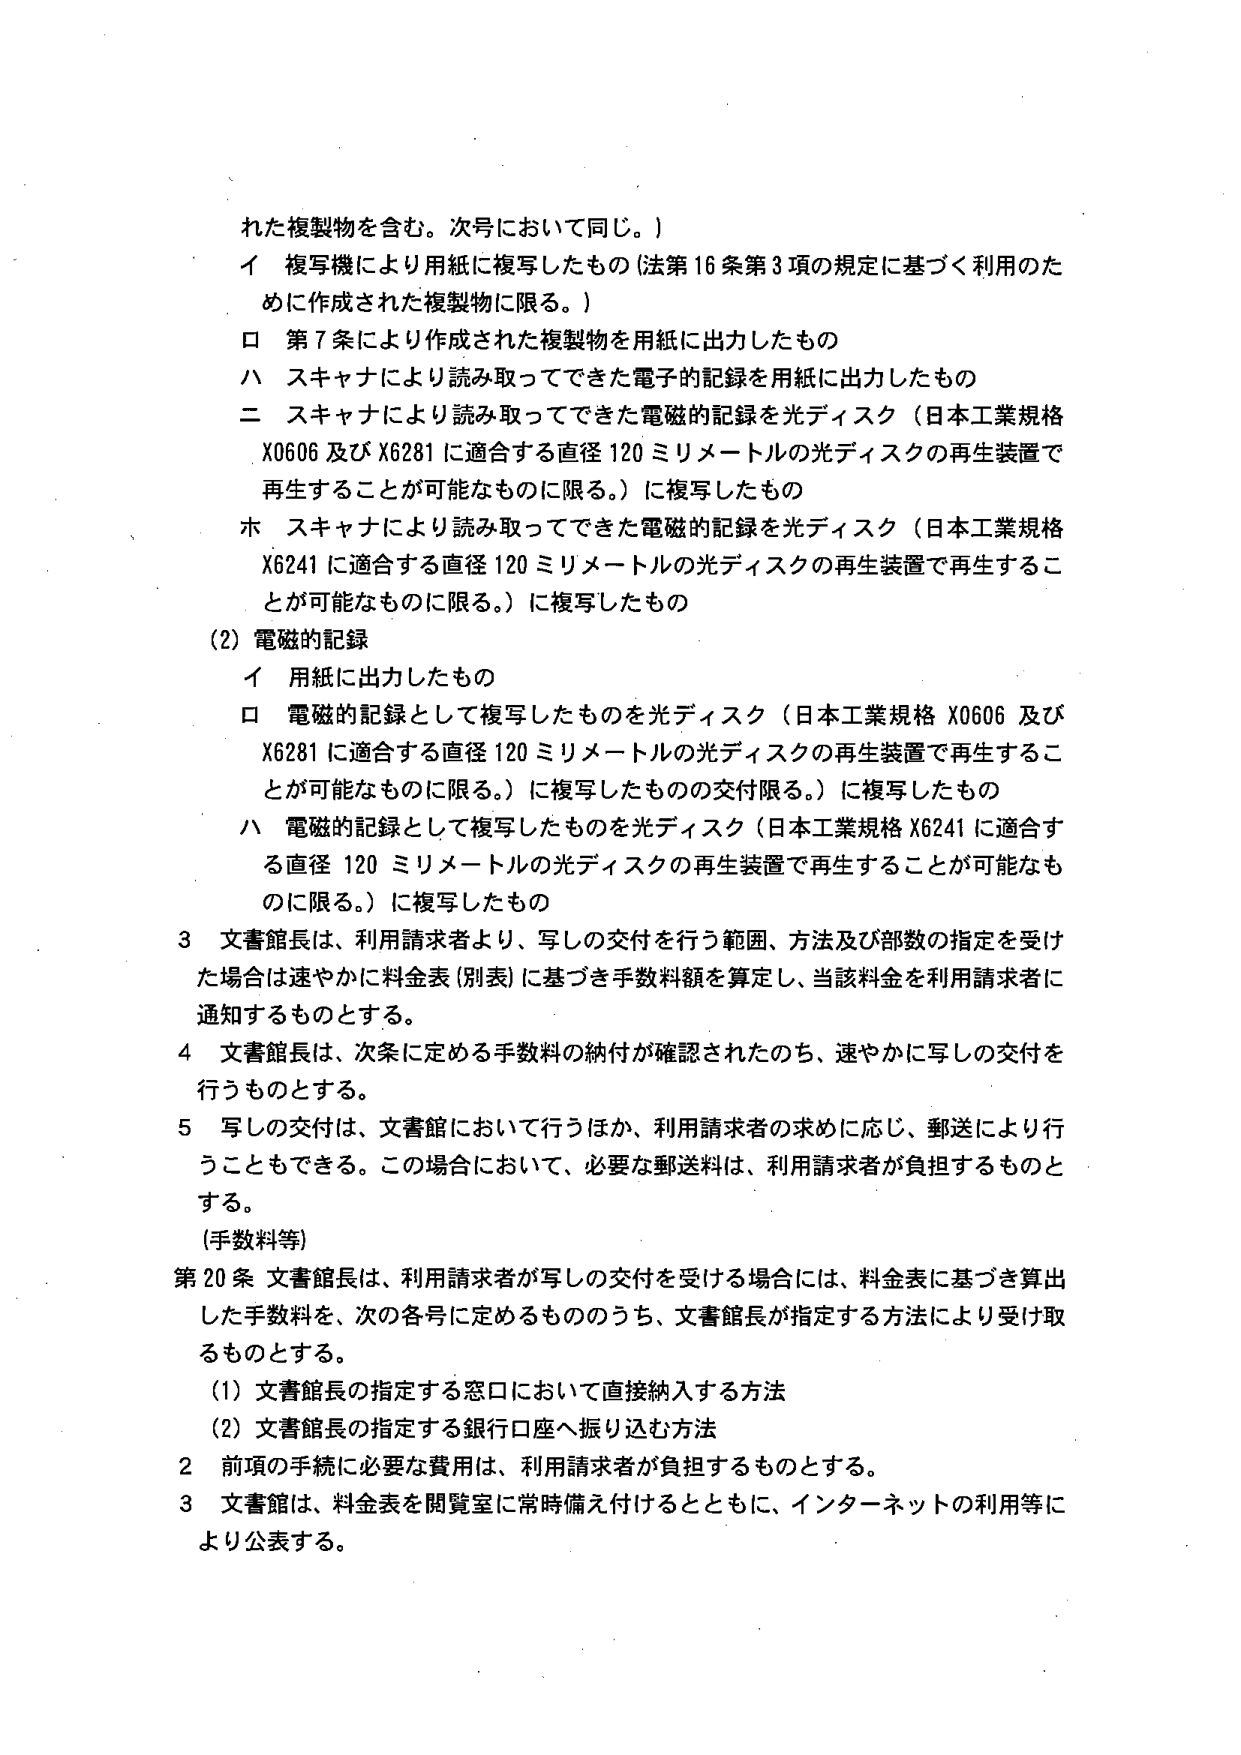
れた複製物を含む。次号において同じ。）
イ 複写機により用紙に複写したもの（法第16条第3項の規定に基づく利用のため に作成された複製物に限る。）
ロ 第7条により作成された複製物を用紙に出力したもの
ハ スキャナにより読み取ってできた電子的記録を用紙に出力したもの
ニ スキャナにより読み取ってできた電磁的記録を光ディスク（日本工業規格 X0606 及び X6281 に適合する直径120ミリメートルの光ディスクの再生装置で 再生することが可能なものに限る。）に複写したもの
ホ スキャナにより読み取ってできた電磁的記録を光ディスク（日本工業規格 X6241 に適合する直径120ミリメートルの光ディスクの再生装置で再生するこ とが可能なものに限る。）に複写したもの
(2) 電磁的記録
イ 用紙に出力したもの
ロ 電磁的記録として複写したものを光ディスク（日本工業規格 X0606 及び X6281 に適合する直径120ミリメートルの光ディスクの再生装置で再生するこ とが可能なものに限る。）に複写したものの交付限る。）に複写したもの
ハ 電磁的記録として複写したものを光ディスク（日本工業規格 X6241 に適合す る直径120ミリメートルの光ディスクの再生装置で再生することが可能なものに限る。）に複写したもの
3 文書館長は、利用請求者より、写しの交付を行う範囲、方法及び部数の指定を受け た場合は速やかに料金表（別表）に基づき手数料額を算定し、当該料金を利用請求者に 通知するものとする。
4 文書館長は、次条に定める手数料の納付が確認されたのち、速やかに写しの交付を 行うものとする。
5 写しの交付は、文書館において行うほか、利用請求者の求めに応じ、郵送により行 うこともできる。この場合において、必要な郵送料は、利用請求者が負担するものと する。
（手数料等）
第20条 文書館長は、利用請求者が写しの交付を受ける場合には、料金表に基づき算出 した手数料を、次の各号に定めるもののうち、文書館長が指定する方法により受け取 るものとする。
(1) 文書館長の指定する窓口において直接納入する方法
(2) 文書館長の指定する銀行口座へ振り込む方法
2 前項の手続に必要な費用は、利用請求者が負担するものとする。
3 文書館は、料金表を閲覧室に常時備え付けるとともに、インターネットの利用等に より公表する。